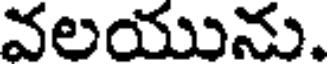
వలయును.